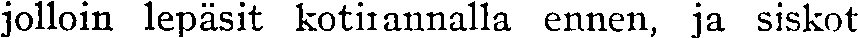
jolloin lepäsit kotirannalla ennen, ja siskot